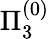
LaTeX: \Pi_{3}^{(0)}